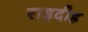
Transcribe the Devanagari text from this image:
राइदीह